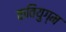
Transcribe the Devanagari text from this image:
कवियुग्म